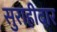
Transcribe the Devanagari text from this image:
सुराहीदार